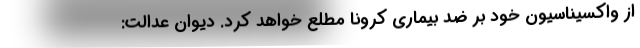
از واکسیناسیون خود بر ضد بیماری کرونا مطلع خواهد کرد. دیوان عدالت: